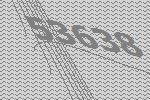
53638